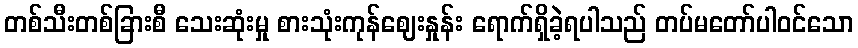
တစ်သီးတစ်ခြားစီ သေးဆုံးမှု စားသုံးကုန်ဈေးနှုန်း ရောက်ရှိခဲ့ရပါသည် တပ်မတော်ပါဝင်သော